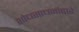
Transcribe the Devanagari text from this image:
शोधसाधनांद्वारे